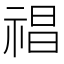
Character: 𥚕